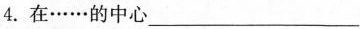
4.在……的中心___